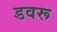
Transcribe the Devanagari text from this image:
डवरू